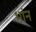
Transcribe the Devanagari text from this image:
भांन